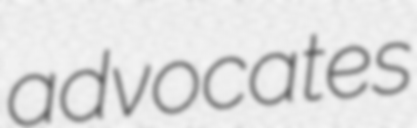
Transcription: advocates